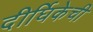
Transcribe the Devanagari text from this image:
दीर्घिकेची